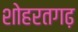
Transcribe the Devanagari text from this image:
शोहरतगढ़